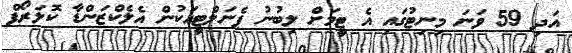
އަދި 59 ވަނަ މިނިޓުގައި އެ ޓީމަށް ލިބުނު ޕެނަލްޓީއަކުން އެލެކްޒަންޑާ ކޮލަރޯފް